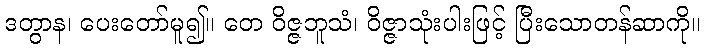
ဒတွာန၊ ပေးတော်မူ၍။ တေ ဝိဇ္ဇဘူသံ၊ ဝိဇ္ဇာသုံးပါးဖြင့် ပြီးသောတန်ဆာကို။